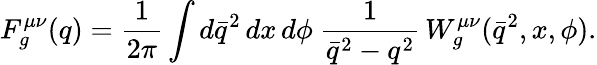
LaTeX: F_{g}^{\mu\nu}(q)={\frac{1}{2\pi}}\int d\bar{q}^{2}\, dx\, d\phi\ {\frac{1}{\bar{q}^{2}-q^{2}}}\, {W}_{g}^{\mu\nu}(\bar{q}^{2},x,\phi).